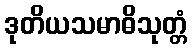
ဒုတိယသမာဓိသုတ္တံ